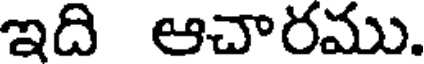
ఇది ఆచారము.